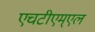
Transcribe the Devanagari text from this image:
एचटीएम्एल